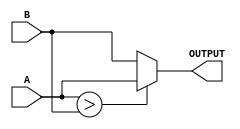
// module: MAX
// function of this module:
// return the biggest one in {A, B, 0(zero)}, view A, B as signed integer.

module MAX(OUTPUT, A, B);
    input signed [11:0] A, B;
    output [11:0] OUTPUT;
    assign OUTPUT = (A > B) ? A : B;
endmodule